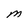
Character: M